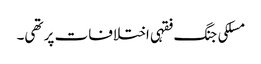
مسلکی جنگ فقہی اختلافات پر تھی۔